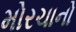
મોરચાનો